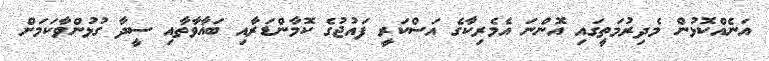
އަނެއްކޮޅުން މެދިރުމަތީގައި އޮންނަ އެމެރިކާގެ އަސްކަރީ ފައުޖުގެ ކޮމާންޑަރާއި ބަޣާވާތާއި ސީދާ ގުޅުންވާކަމަށް